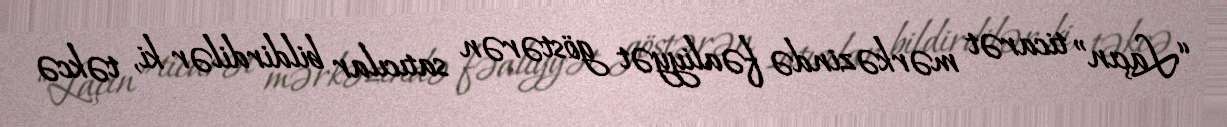
“Laçın” ticarət mərkəzində fəaliyyət göstərən satıcılar bildirdilər ki, təkcə